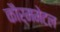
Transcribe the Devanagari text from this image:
कौर्ममेटल